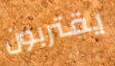
يقتربون